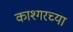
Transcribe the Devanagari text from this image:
काश्गरच्या